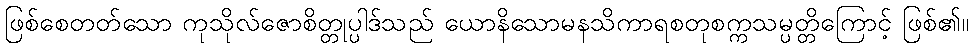
ဖြစ်စေတတ်သော ကုသိုလ်ဇောစိတ္တုပ္ပါဒ်သည် ယောနိသောမနသိကာရစတုစက္ကသမ္ပတ္တိကြောင့် ဖြစ်၏။